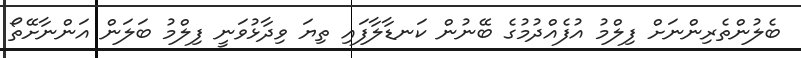
ބެލުންތެރިންނަށް ފިލްމު އުފެއްދުމުގެ ބޭނުން ކަނޑާލާފައި ތިޔަ ވިދާޅުވަނީ ފިލްމު ބަލަން އަންނާށޭތޯ